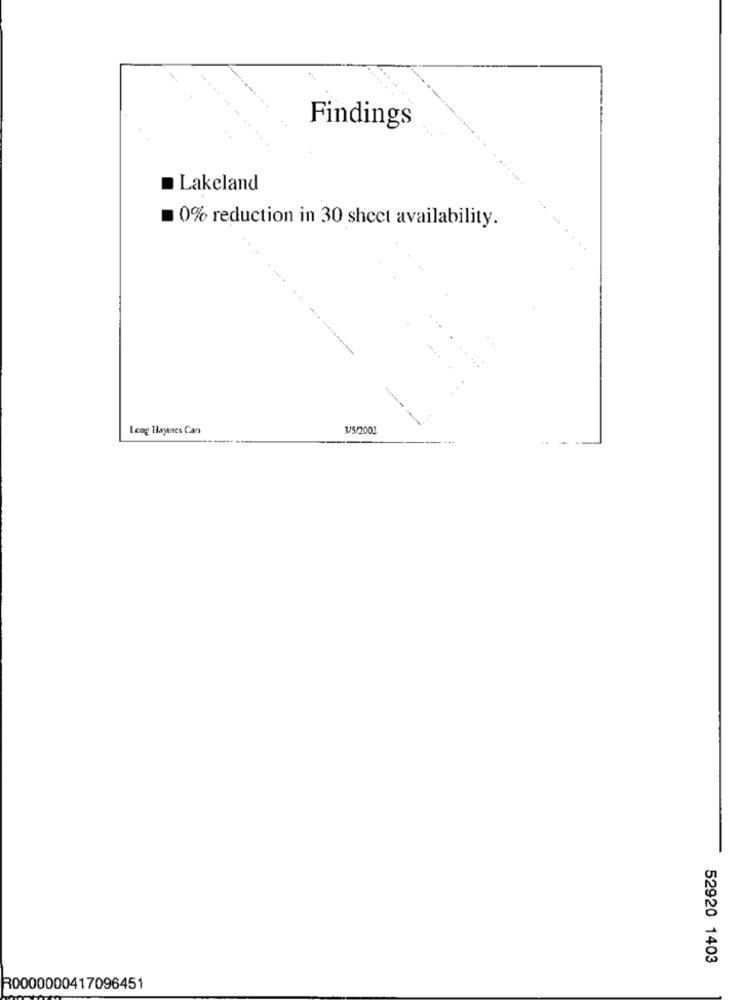
Findings
Lakeland
0% reduction in 30 sheet availability.
Long Haynes Can
3/5/2001
52920 1403
R0000000417096451